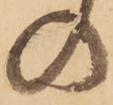
の